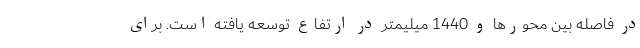
در فاصله بین محورها و 1440 میلیمتر در ارتفاع توسعه یافته است. برای